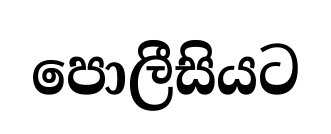
පොලීසියට